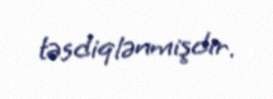
təsdiqlənmişdir.